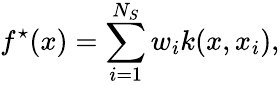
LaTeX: f^{\star}(x)=\sum_{i=1}^{N_{S}}w_{i}k(x,x_{i}),